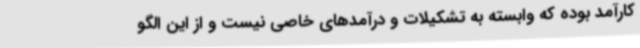
کارآمد بوده که وابسته به تشکیلات و درآمدهای خاصی نیست و از این الگو